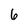
Character: 6